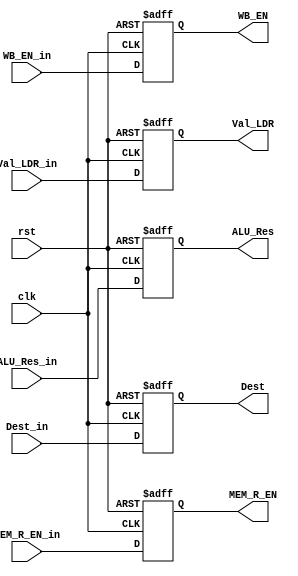
module MEMReg (
	input clk,rst,
	input WB_EN_in, MEM_R_EN_in,
	input[7:0] Val_LDR_in,
	input[7:0] ALU_Res_in,
	input[1:0] Dest_in,
	//to next stage
	output reg WB_EN, MEM_R_EN,
	output reg [7:0] Val_LDR,
	output reg [7:0] ALU_Res,
	output reg [1:0] Dest
	);

	always@(posedge clk,posedge rst)begin
		if (rst) begin
			WB_EN = 0;
			MEM_R_EN = 0;
			Val_LDR = 0;
			ALU_Res = 0;
			Dest = 0;
		end
		else begin
			WB_EN 		= WB_EN_in ;
			MEM_R_EN 	= MEM_R_EN_in;
			Val_LDR 		= Val_LDR_in 	;
			ALU_Res 	= ALU_Res_in ;
			Dest 		= Dest_in 		;
		end
	end

endmodule